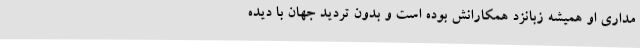
‌مداری او همیشه زبانزد همکارانش بوده است و بدون تردید جهان با دیده